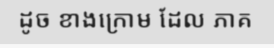
ដូច ខាងក្រោម ដែល ភាគ